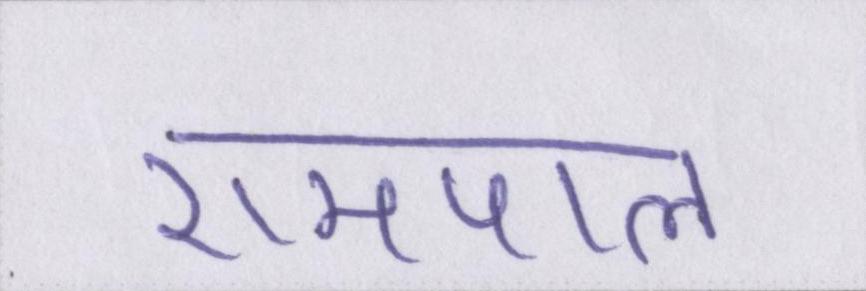
रामपाल